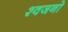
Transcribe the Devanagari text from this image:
श्वजनो